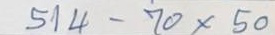
514 - 70 x 50